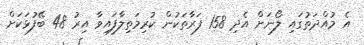
އެ މުއްދަތުގައި ލޯނަށް އެދި 158 ފަރާތަކުން ކުރިމަތިލާފައިވާ އިރު 48 ބޭފުޅަކަށް